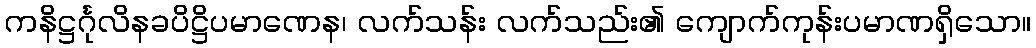
ကနိဋ္ဌင်္ဂုလိနခပိဋ္ဌိပမာဏေန၊ လက်သန်း လက်သည်း၏ ကျောက်ကုန်းပမာဏရှိသော။